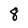
Character: 8